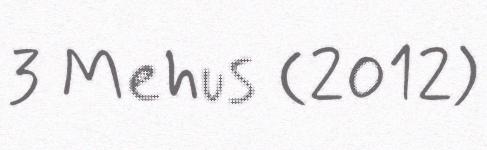
3 Mehus (2012)